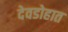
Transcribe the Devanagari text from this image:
देवडोहात